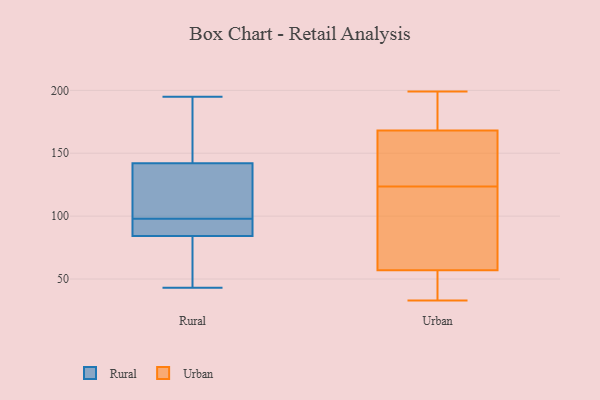
{"axis": {"x": "Website Visitors", "y": "Value"}, "legend": ["Rural", "Urban"], "data": [{"x": "", "y": 85, "type": "Rural"}, {"x": "", "y": 91, "type": "Rural"}, {"x": "", "y": 148, "type": "Rural"}, {"x": "", "y": 93, "type": "Rural"}, {"x": "", "y": 130, "type": "Rural"}, {"x": "", "y": 43, "type": "Rural"}, {"x": "", "y": 57, "type": "Rural"}, {"x": "", "y": 140, "type": "Rural"}, {"x": "", "y": 87, "type": "Rural"}, {"x": "", "y": 195, "type": "Rural"}, {"x": "", "y": 191, "type": "Rural"}, {"x": "", "y": 186, "type": "Rural"}, {"x": "", "y": 98, "type": "Rural"}, {"x": "", "y": 82, "type": "Rural"}, {"x": "", "y": 104, "type": "Rural"}, {"x": "", "y": 106, "type": "Rural"}, {"x": "", "y": 60, "type": "Rural"}, {"x": "", "y": 199, "type": "Urban"}, {"x": "", "y": 47, "type": "Urban"}, {"x": "", "y": 117, "type": "Urban"}, {"x": "", "y": 48, "type": "Urban"}, {"x": "", "y": 136, "type": "Urban"}, {"x": "", "y": 33, "type": "Urban"}, {"x": "", "y": 107, "type": "Urban"}, {"x": "", "y": 130, "type": "Urban"}, {"x": "", "y": 187, "type": "Urban"}, {"x": "", "y": 140, "type": "Urban"}, {"x": "", "y": 42, "type": "Urban"}, {"x": "", "y": 109, "type": "Urban"}, {"x": "", "y": 183, "type": "Urban"}, {"x": "", "y": 66, "type": "Urban"}, {"x": "", "y": 166, "type": "Urban"}, {"x": "", "y": 170, "type": "Urban"}]}